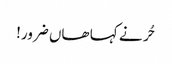
حُر نے کہا ھاں ضرور!